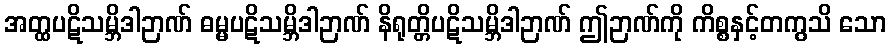
အတ္ထပဋိသမ္ဘိဒါဉာဏ် ဓမ္မပဋိသမ္ဘိဒါဉာဏ် နိရုတ္တိပဋိသမ္ဘိဒါဉာဏ် ဤဉာဏ်ကို ကိစ္စနှင့်တကွသိ သော